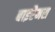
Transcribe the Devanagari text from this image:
बाइरैमस